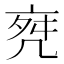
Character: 𠅞